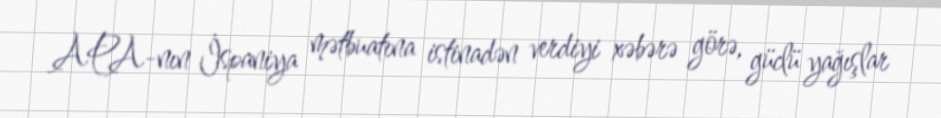
APA-nın İspaniya mətbuatına istinadən verdiyi xəbərə görə, güclü yağışlar